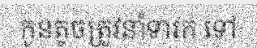
កូនតូចត្រូវនាំទារក ទៅ